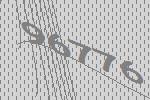
96776